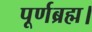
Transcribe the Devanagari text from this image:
पूर्णब्रह्म।